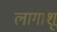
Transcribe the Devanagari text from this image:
लागांशू